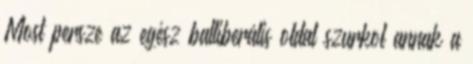
Most persze az egész balliberális oldal szurkol annak a